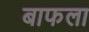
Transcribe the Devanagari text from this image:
बाफला